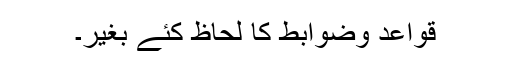
قواعد وضوابط کا لحاظ کئے بغیر۔